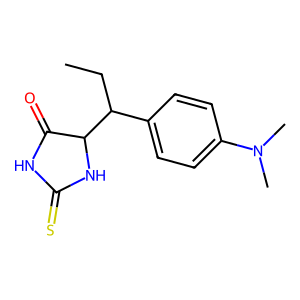
SMILES: CCC(c1ccc(N(C)C)cc1)C1NC(=S)NC1=O
Inhibits HIV replication: No